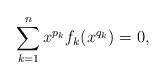
LaTeX: \begin{align*} \sum_{k=1}^{n}x^{p_{k}}f_{k}(x^{q_{k}})=0, \end{align*}